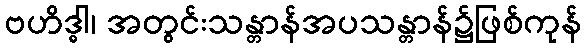
ဗဟိဒ္ဓါ၊ အတွင်းသန္တာန်အပသန္တာန်၌ဖြစ်ကုန်